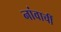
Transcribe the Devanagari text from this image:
नांवाचीं